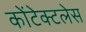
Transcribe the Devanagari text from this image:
कोंटेक्टलेस